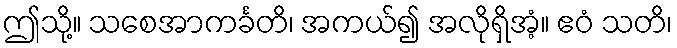
ဤသို့။ သစေအာကင်္ခတိ၊ အကယ်၍ အလိုရှိအံ့။ ဧဝံ သတိ၊